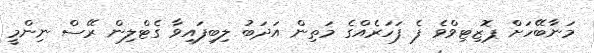
މަނާބޭހަށް ޕޮޒިޓިވްވެ ފެ ފަހަރެެއްގެ މަތިން އަދަބު ލިބިފައިވާ ގެޓްލިން ރޭސް ނިންމީ